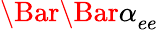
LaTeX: \Bar{\Bar{\alpha}}_{ee}